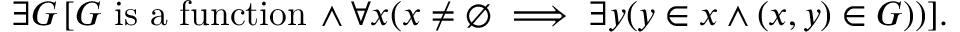
\exists G \, [ G { \mathrm { ~ i s ~ a ~ f u n c t i o n } } \, \land \forall x ( x \neq \emptyset \implies \exists y ( y \in x \land ( x , y ) \in G ) ) ] .